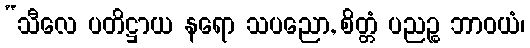
“သီလေ ပတိဋ္ဌာယ နရော သပညော, စိတ္တံ ပညဉ္စ ဘာဝယံ၊